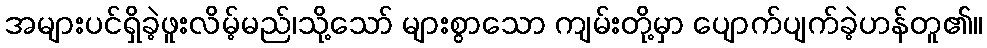
အများပင်ရှိခဲ့ဖူးလိမ့်မည်၊သို့သော် များစွာသော ကျမ်းတို့မှာ ပျောက်ပျက်ခဲ့ဟန်တူ၏။